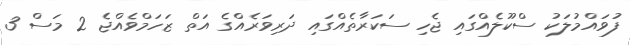
ފުވައްމުލަކު ސްކޫލެއްގައި ޖެހި ސަކަރާތެއްގައި ދަރިވަރެއްގެ އަތް ޒަހަމްވެއްޖެ 2 މަސް 3